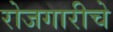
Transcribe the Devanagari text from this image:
रोजगारीचे